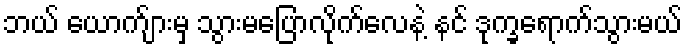
ဘယ် ယောက်ျားမှ သွားမပြောလိုက်လေနဲ့ နင် ဒုက္ခရောက်သွားမယ်